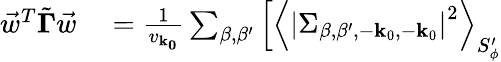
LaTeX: \begin{array}{rl}{\vec{w}^{T}\tilde{\mathbf{\Gamma}}\vec{w}}&{{}=\frac{1}{v_{\mathbf{k_{0}}}}\sum_{\beta,\beta^{\prime}}\Big[\left<\left|\Sigma_{\beta,\beta^{\prime},-{\mathbf{k}_{0}},-{\mathbf{k}_{0}}}\right|^{2}\right>_{S_{\phi}^{\prime}}}\end{array}